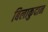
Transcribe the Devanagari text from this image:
बिलाकुदान